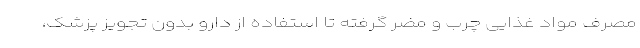
مصرف مواد غذایی چرب و مضر گرفته تا استفاده از دارو بدون تجویز پزشک،